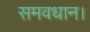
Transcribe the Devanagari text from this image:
समवधान।